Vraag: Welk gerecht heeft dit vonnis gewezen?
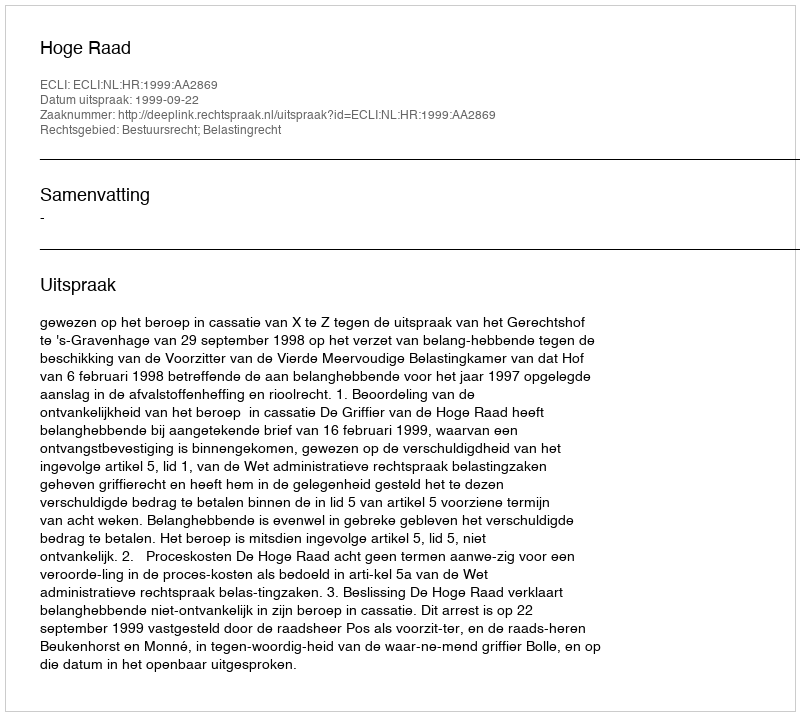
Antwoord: Hoge Raad